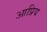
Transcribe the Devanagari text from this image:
आप्रिय